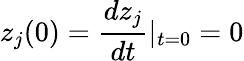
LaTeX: z_{j}(0)=\frac{dz_{j}}{dt}|_{t=0}=0